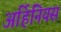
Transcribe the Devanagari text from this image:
अर्हिनियस